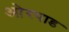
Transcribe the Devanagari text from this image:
ओरपाड